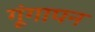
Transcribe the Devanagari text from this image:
गूंगापन